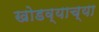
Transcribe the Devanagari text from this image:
खोडव्याच्या